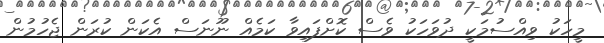
މީހަކު ވިއްސުމަކީ ދުވަހަކުު ވެސް ކޮށްފައިވާ ކަމެއް ނޫނަސް އެކަން ކުރަން ޖެހުމުން